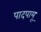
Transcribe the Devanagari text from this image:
पादपायू